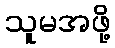
သူမအဖို့